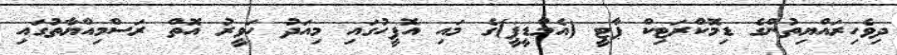
ދިވެހިރައްޔިތުންގެ ޑިމޮކްރަޓިކް ޕާޓީ (އެމްޑީޕީ)ގެ މައި އޮފީހުގައި މިއަދު ހަވީރު އޮތް ރަސްމިއްޔާތުގައި